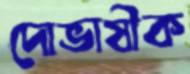
দোভাষীক